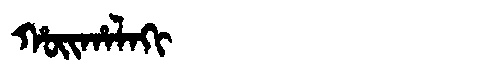
Manchu: ᡥᠣᡳᡥᠠᠯᠠᡴᡳ
Romanization: HOIHALAKI